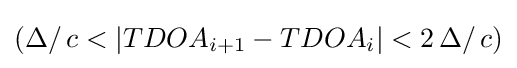
(\Delta /\,c<|TDOA_{i+1}-TDOA_{i}|<2\,\Delta /\,c)